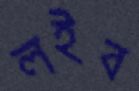
লইব